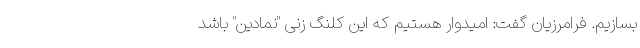
بسازیم. فرامرزیان گفت: امیدوار هستیم که این کلنگ زنی "نمادین" باشد